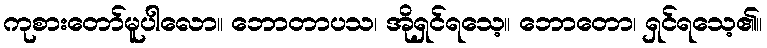
ကုစားတော်မူပါလော။ ဘောတာပသ၊ အိုရှင်ရသေ့။ ဘောတော၊ ရှင်ရသေ့၏။